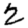
Digit: 2